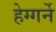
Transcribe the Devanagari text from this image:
हेग्गर्ने